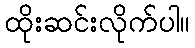
ထိုးဆင်းလိုက်ပါ။